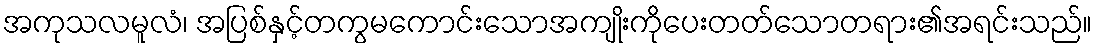
အကုသလမူလံ၊ အပြစ်နှင့်တကွမကောင်းသောအကျိုးကိုပေးတတ်သောတရား၏အရင်းသည်။